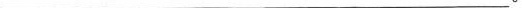
___。